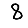
Digit: 8